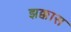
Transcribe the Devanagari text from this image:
झक्कास